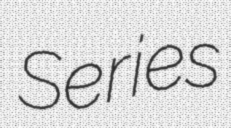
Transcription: Series